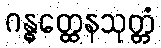
ဂန္ဓတ္ထေနသုတ္တံ